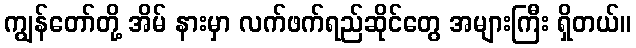
ကျွန်တော်တို့ အိမ် နားမှာ လက်ဖက်ရည်ဆိုင်တွေ အများကြီး ရှိတယ်။